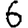
Digit: 6